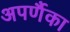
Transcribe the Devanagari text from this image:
अपर्णैका